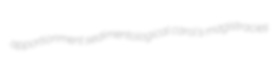
apportionment sedimentological carol's magistracies